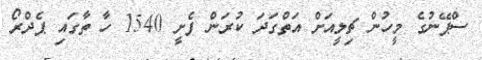
ސްޕޭނުގެ މީހުން ޗިލީއަށް އަތްގަދަ ކުރަން ފެށީ 1540 ހާ ތާގައި ޕެދްރޯ